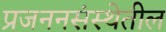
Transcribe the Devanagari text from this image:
प्रजननसंस्थेतील